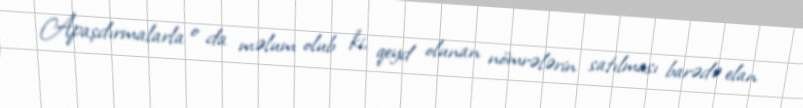
Apaşdırmalarla o da məlum olub ki, qeyd olunan nömrələrin satılması barədə elan